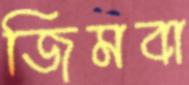
জিমবা